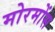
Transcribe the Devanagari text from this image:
मोरमोंस